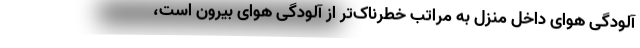
آلودگی هوای داخل منزل به مراتب خطرناک‌تر از آلودگی هوای بیرون است،